Lunatic asylums United Provinces 1909-1921 - 1909-1921
Year: 1909
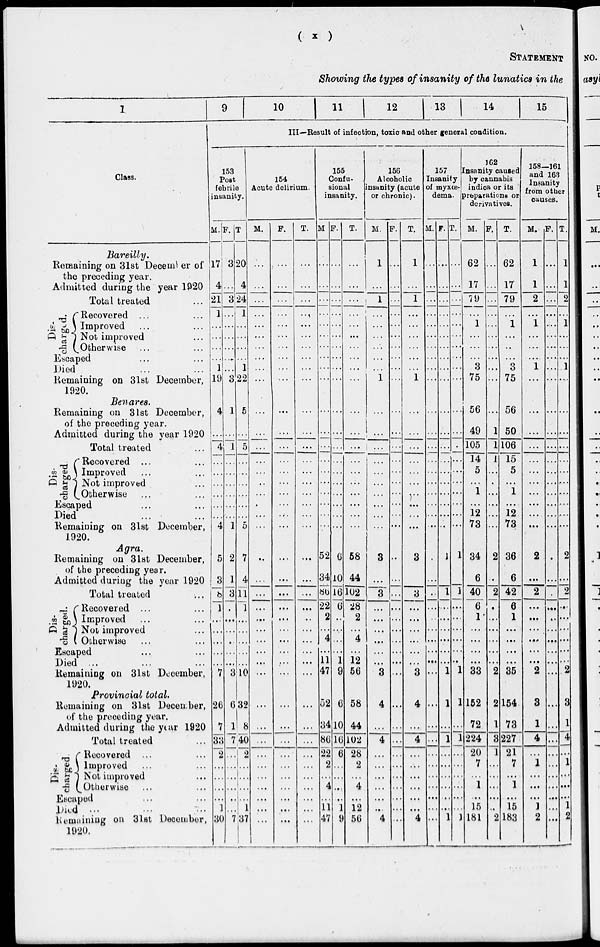
(
x
)
STATEMENT
Showing the types of insanity of the lunatics in the
1
Class.
Bareilly.
Remaining on 31st December of
the preceding year.
Admitted during the year 1920
Total treated ...
Dis-
charged.
Recovered ... ...
Improved ... ...
Not improved ...
Otherwise ... ...
Escaped ... ...
Died ... ...
Remaining on 31st December,
1920.
Benares.
Remaining on 31st December,
of the preceding year.
Admitted during the year 1920
Total treated ...
Dis-
charged
Recovered ... ...
Improved ... ...
Not improved ...
Otherwise ... ...
Escaped ... ...
Died ... ...
Remaining on 31st December,
1920.
Agra.
Remaining on 31st December,
of the preceding year.
Admitted during the year 1920
Total treated ...
Dis-
charged.
Recovered ... ...
Improved ... ...
Not improved ...
Otherwise ... ...
Escaped ... ...
Died ... ... ...
Remaining on 31st December,
1920.
Provincial total.
Remaining on 31st December,
of the preceding year.
Admitted during the year 1920
Total treated
Dis-
charged.
Recovered ... ...
Improved ... ...
Not improved ...
Otherwise ... ...
Escaped ... ...
Died ... ... ...
Remaining on 31st December,
1920.
9
10
11
12
13
14
15
III—Result of infection, toxic and other general condition.
153
Post
febrile
insanity.
M.
17
4
21
1
...
...
...
...
1
19
4
...
4
...
...
...
...
...
...
4
5
3
8
1
...
...
...
...
...
7
26
7
33
2
...
...
...
...
1
30
F.
3
...
3
...
...
...
...
...
...
3
1
...
1
...
...
...
...
...
...
1
2
1
3
...
...
...
...
...
...
3
6
1
7
...
...
...
...
...
...
7
T
20
4
24
1
...
...
...
...
1
22
5
...
5
...
...
...
...
...
...
5
7
4
11
1
...
...
...
...
...
10
32
8
40
2
...
...
...
...
1
37
154
Acute delirium.
M.
...
...
...
...
...
...
...
...
...
...
...
...
...
...
...
...
...
...
...
...
...
...
...
...
...
...
...
...
...
...
...
...
...
...
...
...
...
...
...
F.
...
...
...
...
...
...
...
...
...
...
...
...
...
...
...
...
...
...
...
...
...
...
...
...
...
...
...
...
...
...
...
...
...
...
...
...
...
...
...
...
T.
...
...
...
...
...
...
...
...
...
...
...
...
...
...
...
...
...
...
...
...
...
...
...
...
...
...
...
...
...
...
...
...
...
...
...
...
...
...
...
...
155
Confu-
sional
insanity.
M
...
...
...
...
...
...
...
...
...
...
...
...
...
...
...
...
...
...
...
...
52
34
86
22
2
...
4
...
11
47
52
34
86
22
2
...
4
...
11
47
F.
...
...
...
...
...
...
...
...
...
...
...
...
...
...
...
...
...
...
...
...
6
10
16
6
...
...
...
...
1
9
6
10
16
6
...
...
...
...
1
9
T.
...
...
...
...
...
...
...
...
...
...
...
...
...
...
...
...
...
...
...
...
58
44
102
28
2
...
4
...
12
56
58
44
102
28
2
...
4
...
12
56
156
Alcoholic
insanity (acute
or chronic).
M.
1
...
1
...
...
...
...
...
...
1
...
...
...
...
...
...
...
...
...
...
3
...
3
...
...
...
...
...
...
3
4
...
4
...
...
...
...
...
...
4
F.
...
...
...
...
...
...
...
...
...
...
...
...
...
...
...
...
...
...
...
...
...
...
...
...
...
...
...
...
...
...
...
...
...
...
...
...
...
...
...
...
T.
1
...
1
...
...
...
...
...
...
1
...
...
...
...
...
...
...
...
...
...
3
...
3
...
...
...
...
...
...
3
4
...
4
...
...
...
...
...
...
4
157
Insanity
of myxœ-
dema.
M.
...
...
...
...
...
...
...
...
...
...
...
...
...
...
...
...
...
...
...
...
...
...
...
...
...
...
...
...
...
...
...
...
...
...
...
...
...
...
...
...
F.
...
...
...
...
...
...
...
...
...
...
...
...
...
...
...
...
...
...
...
...
1
...
1
...
...
...
...
...
...
1
1
...
1
...
...
...
...
...
...
1
T.
...
...
...
...
...
...
...
...
...
...
...
...
...
...
...
...
...
...
...
1
...
1
...
...
...
...
...
1
1
...
1
...
...
...
...
...
...
1
162
Insanity caused
by cannabis
indica or its
preparations or
derivatives.
M.
62
17
7 9
...
1
...
...
...
3
75
56
49
105
14
5
...
1
...
12
73
34
6
40
6
1
...
...
...
...
33
152
72
224
20
7
...
1
...
15
181
F.
...
...
...
...
...
...
...
...
...
...
...
1
1
1
...
...
...
...
...
...
2
...
2
...
...
...
...
...
...
2
2
1
3
1
...
...
...
...
...
2
T.
62
17
79
...
1
...
...
...
3
75
56
50
106
15
5
...
1
...
12
73
36
6
42
6
1
...
...
...
...
35
154
73
227
21
7
...
1
...
15
183
158—161
and 163
Insanity
from other
causes.
M.
1
1
2
...
1
...
...
...
1
...
...
...
...
...
...
...
...
...
...
...
2
...
2
...
...
...
...
...
...
2
3
1
4
...
1
...
...
...
1
2
F.
...
...
...
...
...
...
...
...
...
...
...
...
...
...
...
...
...
...
...
...
...
...
...
...
...
...
...
...
...
...
...
...
...
...
...
...
...
...
...
...
T.
1
1
2
...
1
...
...
...
1
...
...
...
...
...
...
...
...
...
...
...
2
...
9
...
...
...
...
...
...
2
3
1
4
...
1
...
...
...
1
2